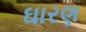
ઘારણ